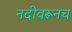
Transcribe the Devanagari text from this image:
नदीवरूनच